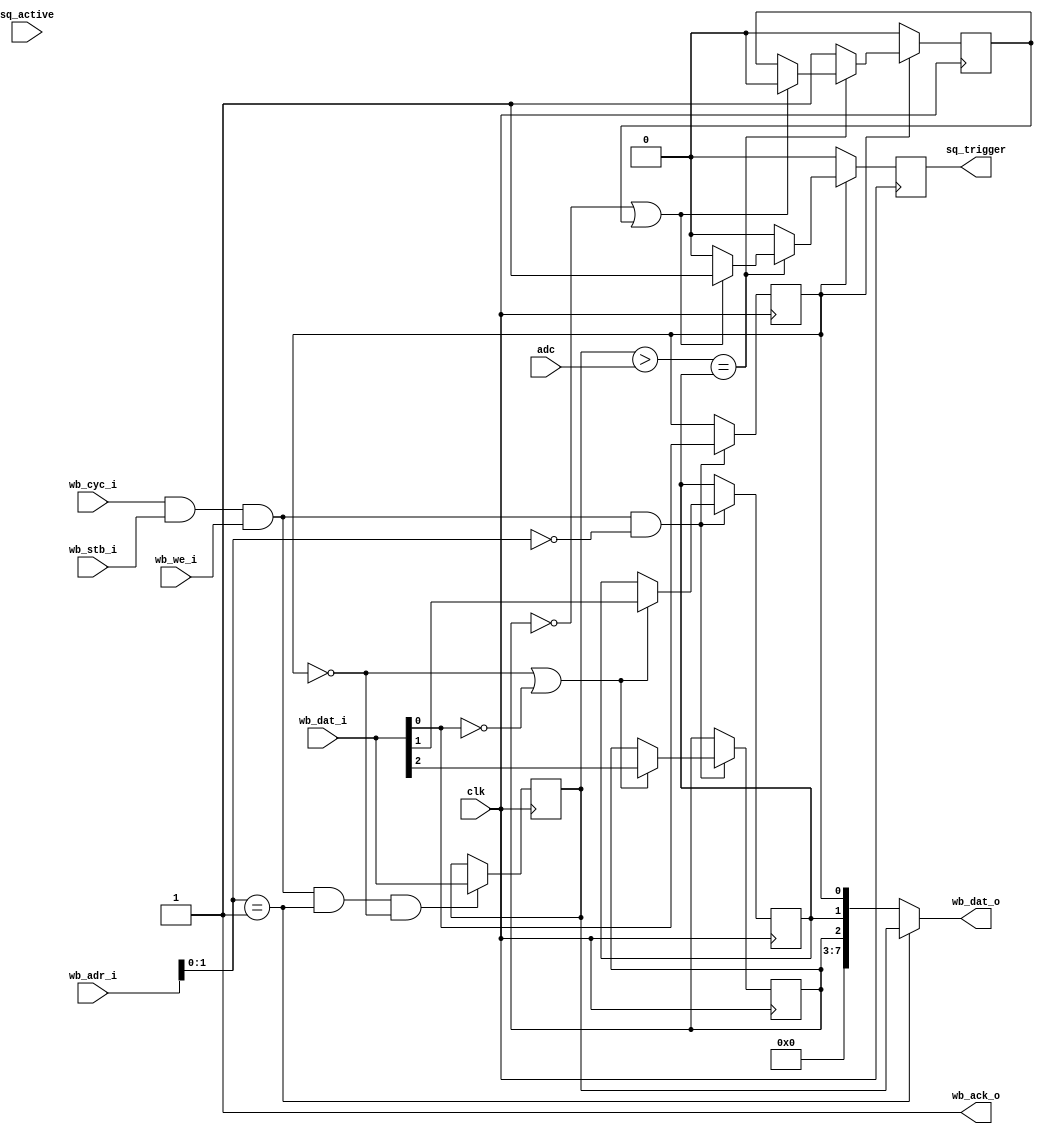
// Trigger on an adc value
//
// Copyright (C) 2023  Kevin O'Connor <kevin@koconnor.net>
//
// This file may be distributed under the terms of the GNU GPLv3 license.

module adctrigger (
    input clk,
    input sq_active, output reg sq_trigger,
    input [7:0] adc,

    input wb_stb_i, input wb_cyc_i, input wb_we_i,
    input [15:0] wb_adr_i,
    input [7:0] wb_dat_i,
    output reg [7:0] wb_dat_o,
    output wb_ack_o
    );

    // Trigger detection
    reg [7:0] thresh;
    wire is_greater = thresh > adc;
    reg found_inverse;
    reg enable, require_inverse, cmp_greater;
    always @(posedge clk) begin
        sq_trigger = 0;
        if (enable) begin
            if (is_greater == cmp_greater) begin
                if (!require_inverse || found_inverse) begin
                    sq_trigger = 1;
                    found_inverse <= 0;
                end
            end else begin
                found_inverse <= 1;
            end
        end else begin
            found_inverse <= 0;
        end
    end

    // Command registers
    wire is_command_set_status;
    always @(posedge clk) begin
        if (is_command_set_status) begin
            enable <= wb_dat_i[0];
            if (!enable || !wb_dat_i[0]) begin
                cmp_greater <= wb_dat_i[1];
                require_inverse <= wb_dat_i[2];
            end
        end
    end
    wire is_command_set_thresh;
    always @(posedge clk)
        if (is_command_set_thresh && !enable)
            thresh <= wb_dat_i;

    // Command handling
    wire is_command = wb_cyc_i && wb_stb_i && wb_we_i;
    assign is_command_set_status = is_command && wb_adr_i[1:0] == 0;
    assign is_command_set_thresh = is_command && wb_adr_i[1:0] == 1;
    always @(*) begin
        case (wb_adr_i[1:0])
        default: wb_dat_o = { require_inverse, cmp_greater, enable };
        1: wb_dat_o = thresh;
        endcase
    end
    assign wb_ack_o = 1;

endmodule